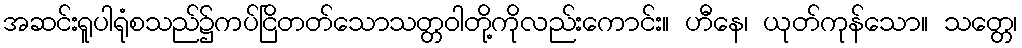
အဆင်းရူပါရုံစသည်၌ကပ်ငြိတတ်သောသတ္တဝါတို့ကိုလည်းကောင်း။ ဟီနေ၊ ယုတ်ကုန်သော။ သတ္တေ၊